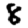
Digit: 8